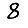
Digit: 8